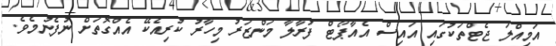
އަމިއްލަ ޖެޓްތަކުގައި އައިސް އެއާޕޯޓް ފުރާލާ މަންޒަރު މިހާރު ކުރިއެކޭ އެއްގޮތަށް ނުފެނުމެވެ.